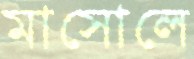
মাসোলে